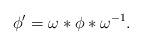
LaTeX: \begin{align*}\phi^\prime=\omega*\phi*\omega^{-1}.\end{align*}